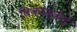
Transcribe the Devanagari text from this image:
विकासकेंद्रे